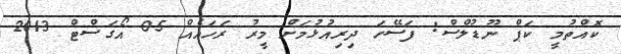
ކޮއްތުމީ ކަޕް ނޫޑުލްސް: ފަސޭހަ ދިރިއުޅުމަށް މީރު ރަހައެއް 05 އޯގަސްޓް 2013